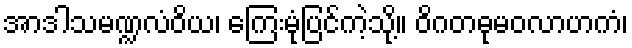
အာဒါသမဏ္ဍလံဝိယ၊ ကြေးမုံပြင်ကဲ့သို့။ ဝိဂတဓုမဝလာဟကံ၊